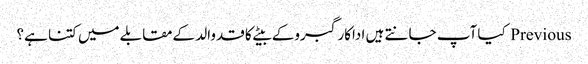
Previous کیا آپ جانتے ہیں اداکارگبروکے بیٹےکا قدوالد کےمقابلےمیں کتنا ہے؟